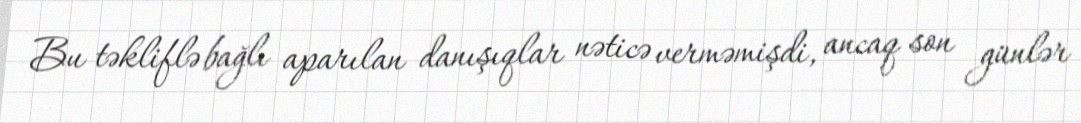
Bu təkliflə bağlı aparılan danışıqlar nəticə verməmişdi, ancaq son günlər